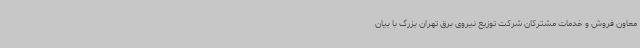
معاون فروش و خدمات مشترکان شرکت توزیع نیروی برق تهران بزرگ با بیان